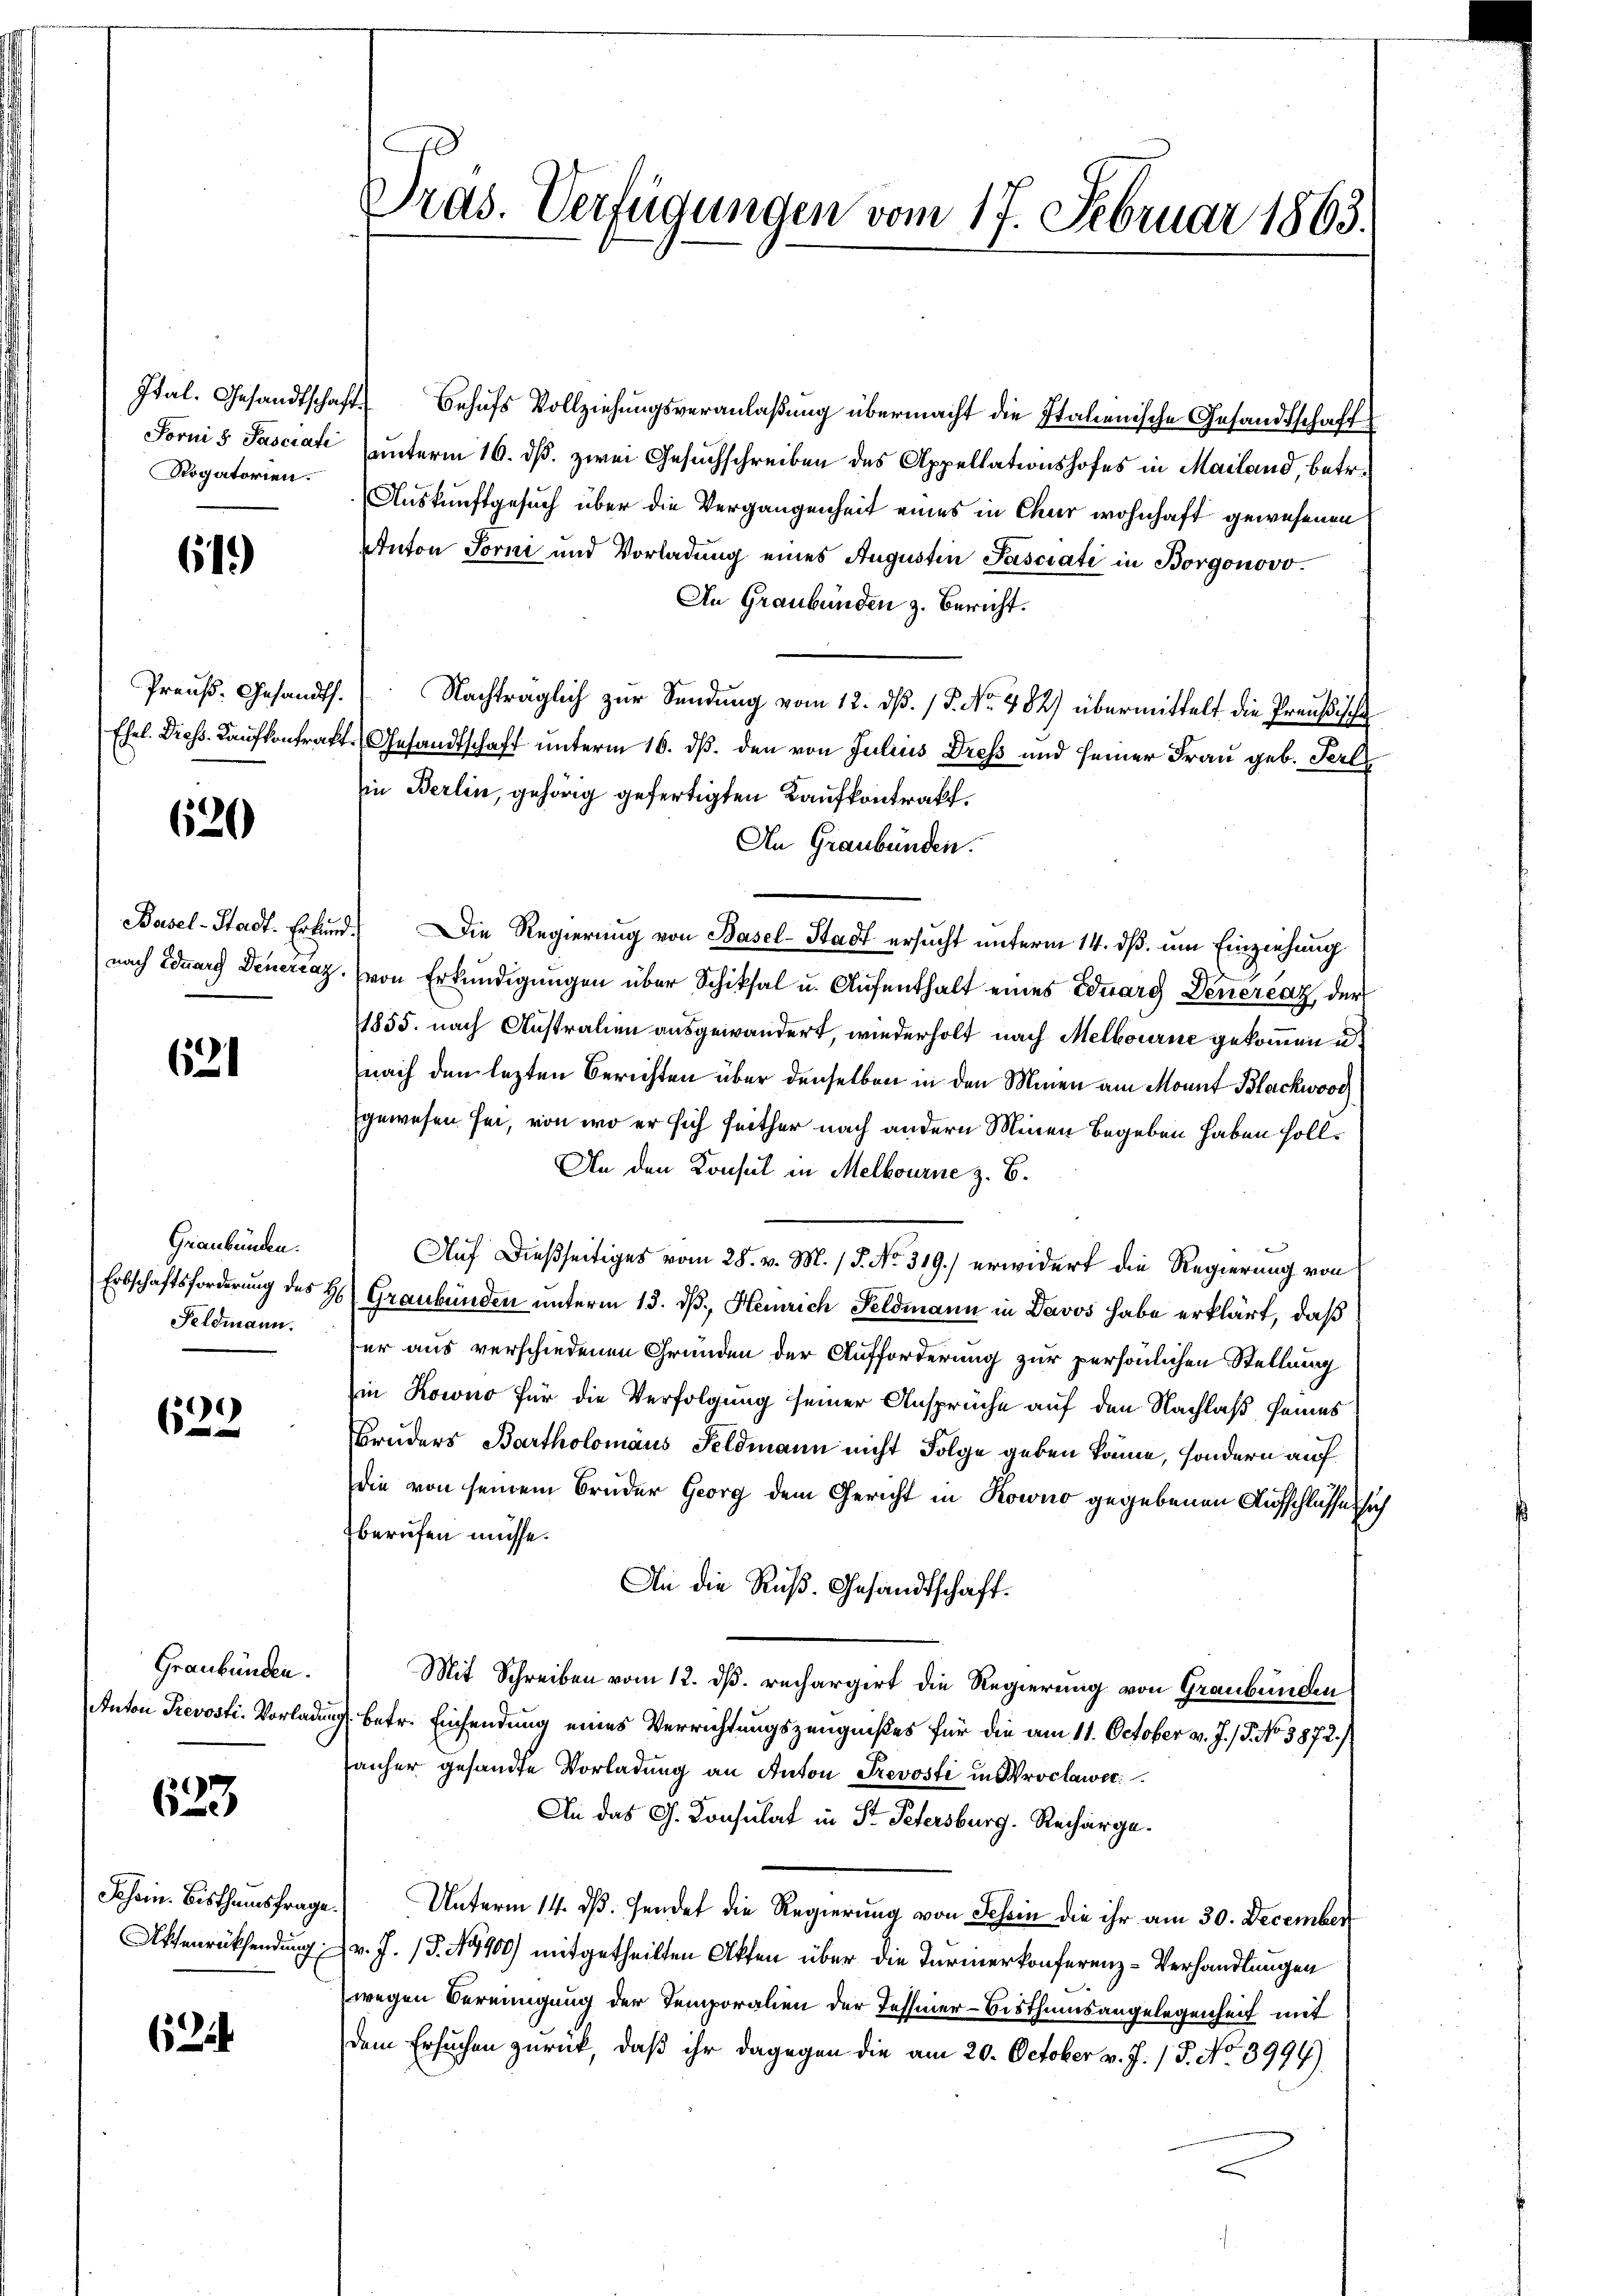
Rogatorien.

61)

620

621

Graubünden.
Erbschaftsforderung des
Feldmann.

)
622.

Graubünden.
Anton Prevosti- Vorlade

623

Schein. Bisthumsfra¬
Affenrücksendung

644

Dras. Verfügungen vom 17. Februar 1863.

Ital. Gesandtschaft Behufs Vollziehungsveranlaßung übermacht die Italienische Gesandtschaft
Forni 5 Jasciat (unterm 16. dß. zwei Gesuchschreiben des Appellationshofes in Mailand, betr.
Auskunftgesuch über die Vergangenheit eines in Chur wohnhaft gewesenen
Anton Torni und Vorladung eines Augustin Pasciati in Borgonovo¬
An Graubünden z. Bericht.
Preŭβ. Gesandts. Nachträglich zŭr Sendŭng vom 12. dβ. / 5. No. 482) übermittelt die Preußisch
Ehel. Diess. Kaufkontrakt Gesandtschaft unterm 16. ds. den von Julius Dress und seiner Frau geb. Ferl
in Berlin, gehörig gefertigten Kaufkontrakt.
An Graubünden.
Basel-Stadt. Erkund. Die Regierung von Basel-Stadt ersucht unterm 14. dß. um Einziehung
nach Eduard Generaz. (von Erkundigungen über Schiksal u. Aufenthalt eines Eduarg Denerenz der
1855. nach Australien ausgewändert, wiederholt nach Melbourne gekommen u.
nach den lezten Berichten über denselben in den Minen am Monnt Blackwood
gewesen sei, von wo er sich seither nach andern Minen begeben haben soll.
An den Konsul in Melbourne z. B.
Auf dießseitiges vom 28. v. M. / 5. No. 319.) erwidert die Regierung von
36) Graubünden unterm 13. ds. Heinrich Feldmann in Davos habe erklärt, daß
er aus verschiedenen Gründen der Aufforderung zur persönlichen Stellung
in Kowno für die Verfolgung seiner Ansprüche auf den Nachlaß seines
Bruders Bartholomans Feldmann nicht Folge geben könne, sondern auf
die von seinem Bruder Georg dem Gericht in Kowno gegebenen Aufschlusses sich
berufen müsse.
An die Ruß. Gesandtschaft¬
Mit Schreiben vom 12. dß. rechargirt die Regierung von Graubünden
g. betr. Einsendung eines Verrichtungszeugnißes für die am 11. October v. J. J. No 3872./
anher gesandte Vorladung an Anton Trevosti in Proclawer
An das G. Konsulat in Fr. Petersburg. Recharge.
Unterm 14. dß. sendet die Regierung von Schin die ihr am 30. December
(v. J. (T. 4400) mitgetheilten Akten über die Türmerkonferenz-Verhandlungen
wegen Vereinigung der Temporalien der Tessiner-Bisthumsangelegenheit mit
dem Ersuchen zurück, daß ihr dagegen die am 20. October v. J. 18. No 3994)